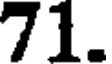
71.